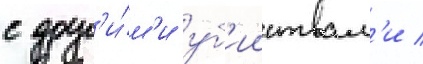
с друг'и́м'и уб'ииствам'и /